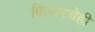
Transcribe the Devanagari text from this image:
बिल्डरचेही